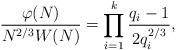
LaTeX: \begin{align*}\frac{\varphi(N)}{N^{2/3} W(N)}=\prod_{i=1}^k\frac{q_i-1}{2q_i^{2/3}},\end{align*}